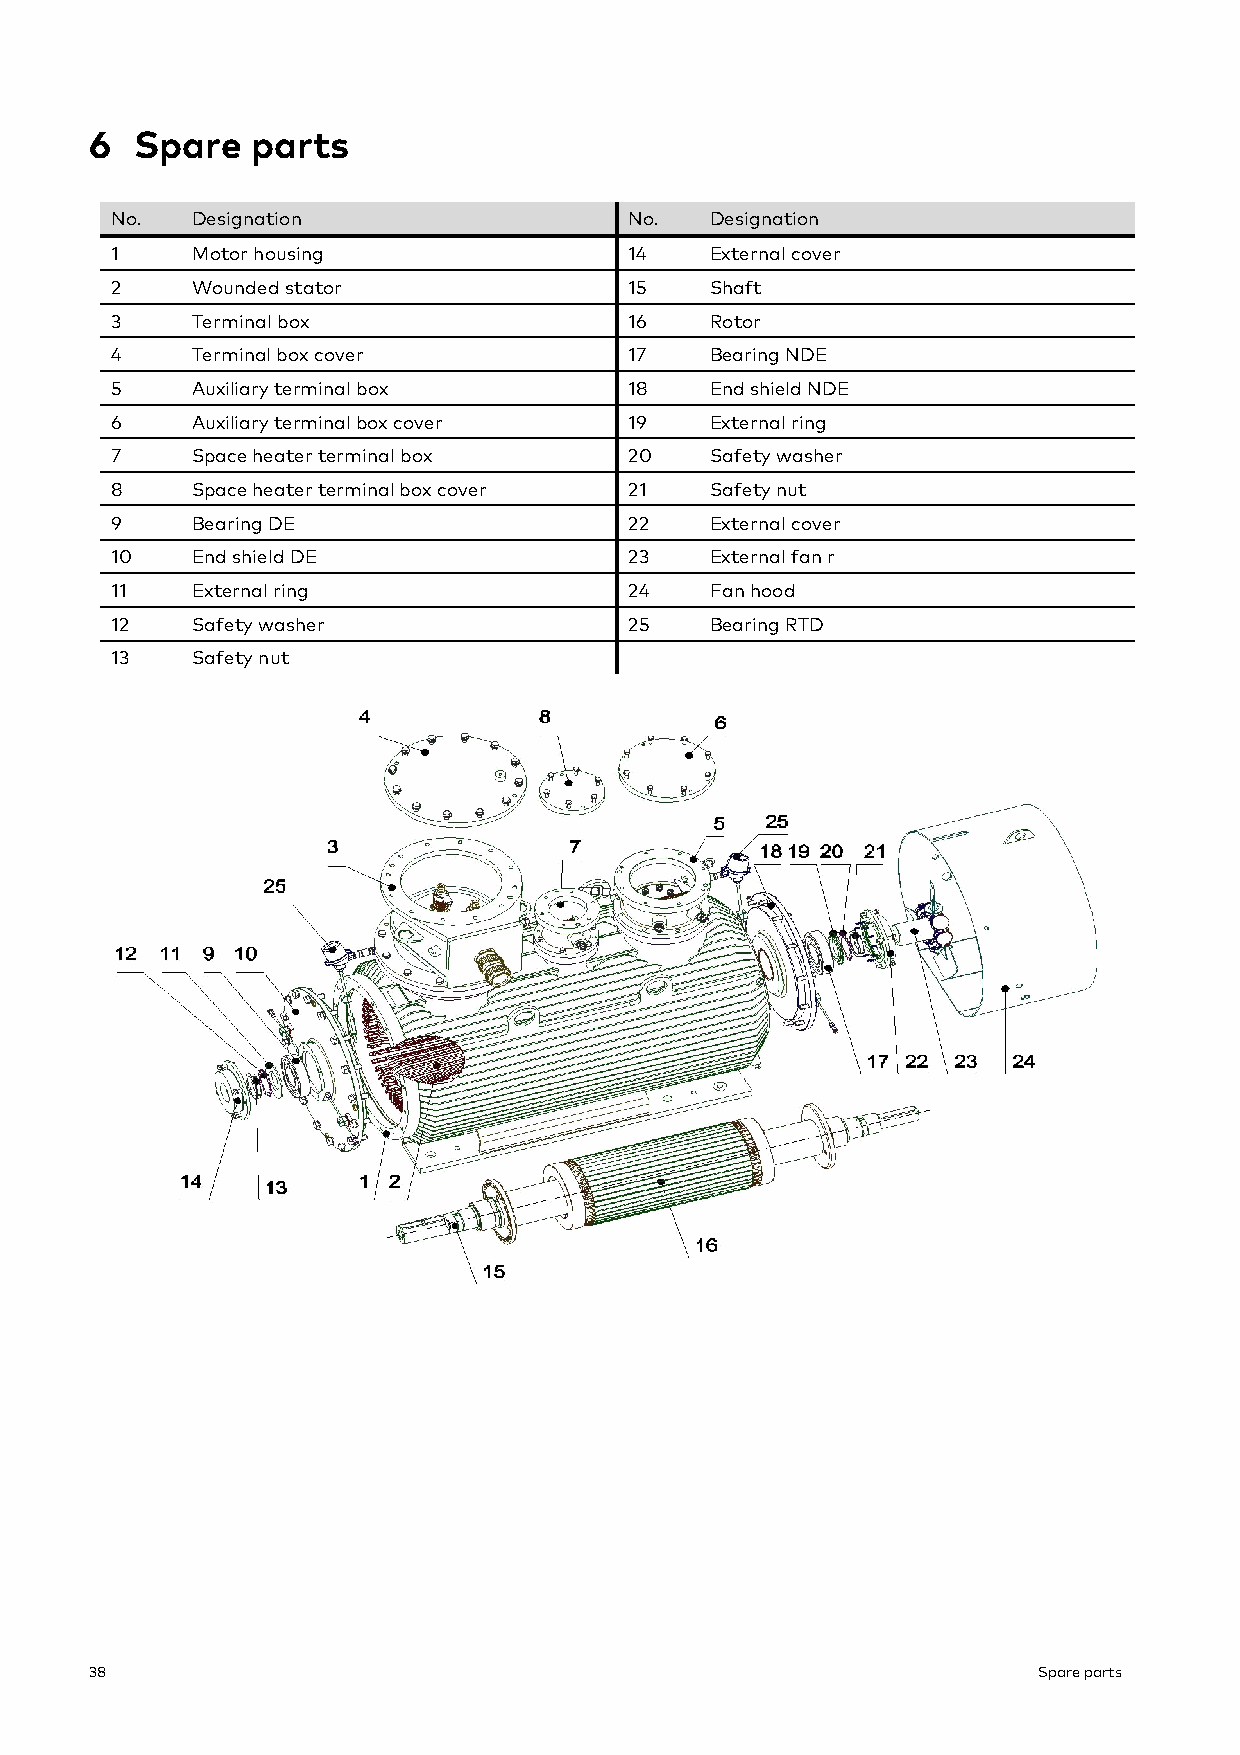
6  Spare   parts
 No.   Designation                  No.  Designation
 1     Motor housing                14   External cover
 2     Wounded stator               15   Shaft
 3     Terminal box                 16   Rotor
 4     Terminal box cover           17   Bearing NDE
 5     Auxiliary terminal box       18   End shield NDE
 6     Auxiliary terminal box cover 19   External ring
 7     Space heater terminal box    20   Safety washer
 8     Space heater terminal box cover 21 Safety nut
 9     Bearing DE                   22   External cover
 10    End shield DE                23   External fan r
 11    External ring                24   Fan hood
 12    Safety washer                25   Bearing RTD
 13    Safety nut
 38                                                             Spare parts